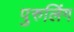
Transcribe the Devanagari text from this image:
पुरुलिंग